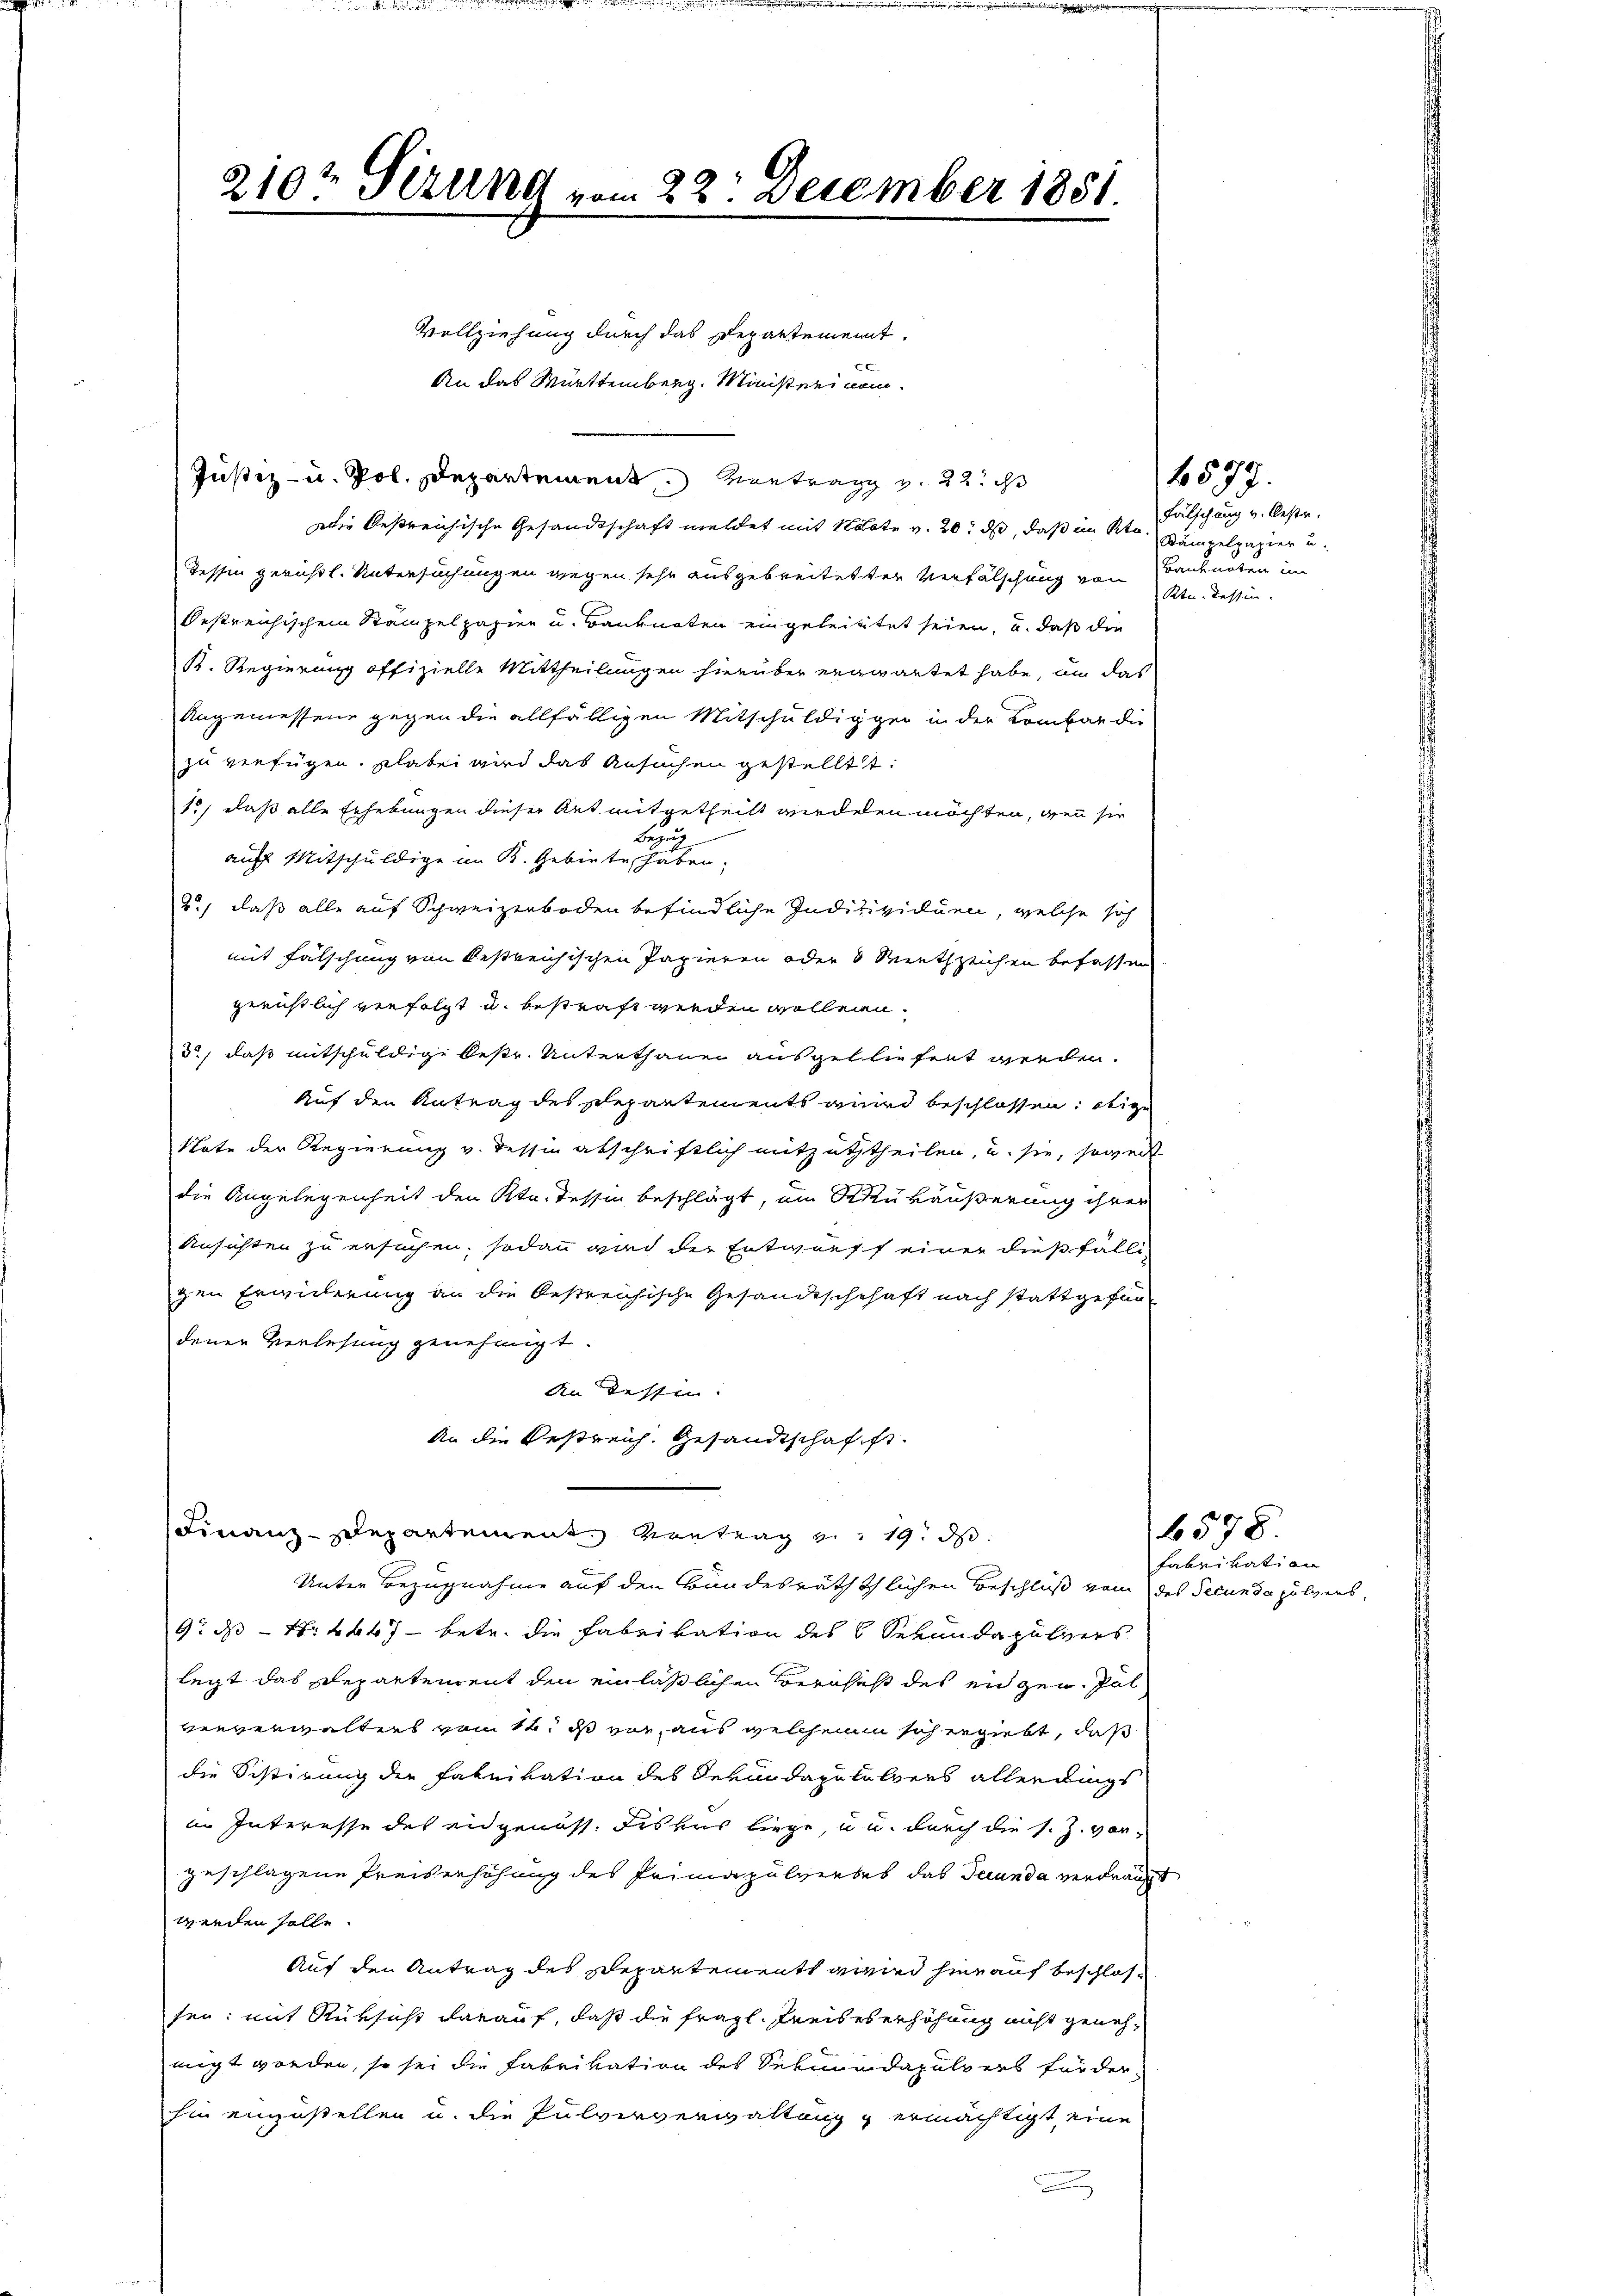
210t Sirung vom 22. December 1851

Vollziehung durch das Departement.
c
An das Württemberg. Ministerinem
Justiz- u. Pol. Departement vertrag v. 22.
Die bestreichische Gesandtschaft meldet mit Note v. 20. ds, daß im Kt. Kampelpapier u.
Tessin gerichtl. Untersuchungen wegen sehr ausgebreitetter Verfälschung von Stundessin
bestreichischen Stempelpapier u. Banknoten eingeleistet seien, u. daß die
K. Regierung offizielle Mittheilungen hierüber ergwartet habe, um das
Angemessene gegen die allfälligen Mitschuldigger in der Kombar die
zu verfügen, habei wird das Ansuchen gestellt:
1.) daß alle Erhebungen dieser Art mitgetheilt werdelen möchten, wenn sie
Bezug
auff Mitschuldige im B. Gebiete, haben.
d.) daß alle auf Schweizerboden befindliche Indivividuen, welche sich
mit Fälschung von bestreichischen Papieren oder 8 Miethzeichen befassen
gerichtlich verfolgt u. bestraft werden wollen.
3., daß entschuldige bestr. Unterthanen ausgebliefert werden.
Auf den Antrag des separtements wird beschlossen, obige
Note der Regierung v. dessin abschriftlich mitzuththeilen, u. sie, soweit
die Angelegenheit den Ktn. dessen beschlägt, im Stukäußerung ihrer
Ansichten zu ersuchen; sodann wird der Entwurfs einer dießfällizen Erwiederung an die bestreichische Gesandtschchaft nach stattgefundenen Verlesung genehmigt.
An dessen.
An die Bestreich. Gesandtschafft
Finanz-Departement Vortrag v. 19. ds.
Unter Bezugnahme auf den Bandesräththlichen Beschluß vom des Secunda pulvers,
9: ds Nr. 4667 - betr. die Fabrikation des 6 Sekundapulvers
legt das Departement den einlässlichen Berufes des eigen. Pal
ververwalters vom 12. ds vor, aus welchem sch ergiebt, daß
die Sistirung die Fahnivation des Verandapololvers allerdings
in Interesse des eidgenoss. Fiskus liege, u u. durch die s. Z. vorgeschlagene Preiserhöhung des Primapulverbes das Secunda verdräng
werden solle.
Auf den Antrag des Departements wird hierauf beschlossen; mit Rüksicht darauf, daß die fragl. Kreises erhöhung nicht genehmigt worden, so sei die Fabrikation des Sekundapulvers für der
hin einzustellen u. die Pulververwaltung & ermächtigt, eine

Fälschung v. Oestr.
Baubarten un

4577.

e

Fabrikation

6578